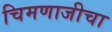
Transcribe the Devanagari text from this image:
चिमणाजीचा